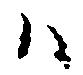
ハ